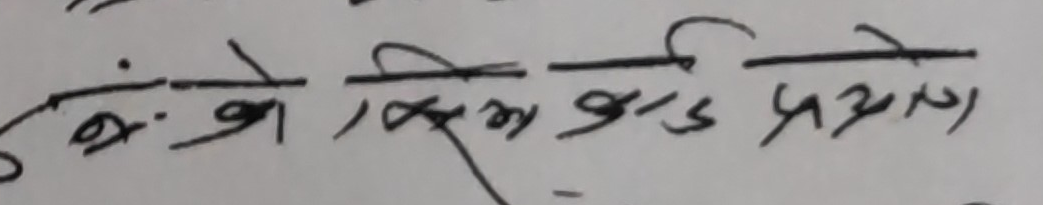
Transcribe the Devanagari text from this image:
यो के सिम कार्ड प्रयोग